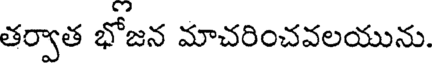
తర్వాత భోజన మాచరించవలయును